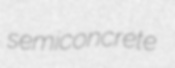
semiconcrete